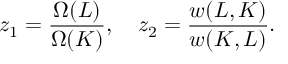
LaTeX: z _ { 1 } = \frac { \Omega ( L ) } { \Omega ( K ) } , \quad z _ { 2 } = \frac { w ( L , K ) } { w ( K , L ) } .